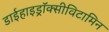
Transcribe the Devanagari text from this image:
डाईहाइड्रॉक्सीविटामिन